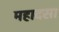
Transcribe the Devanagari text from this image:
महादसा